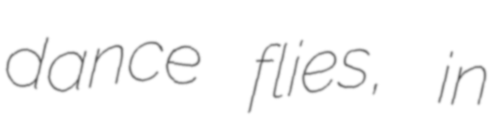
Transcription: dance flies, in